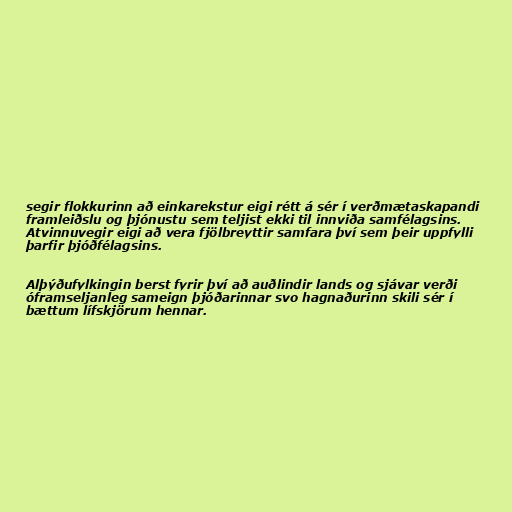
segir flokkurinn að einkarekstur eigi rétt á sér í verðmætaskapandi
framleiðslu og þjónustu sem teljist ekki til innviða samfélagsins.
Atvinnuvegir eigi að vera fjölbreyttir samfara því sem þeir uppfylli
þarfir þjóðfélagsins.

Alþýðufylkingin berst fyrir því að auðlindir lands og sjávar verði
óframseljanleg sameign þjóðarinnar svo hagnaðurinn skili sér í
bættum lífskjörum hennar.